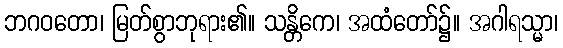
ဘဂဝတော၊ မြတ်စွာဘုရား၏။ သန္တိကေ၊ အထံတော်၌။ အဂါရသ္မာ၊